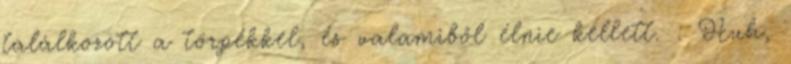
találkozott a törpékkel, és valamiből élnie kellett. : Huh,